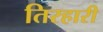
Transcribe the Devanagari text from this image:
तिरहारी